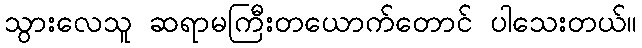
သွားလေသူ ဆရာမကြီးတယောက်တောင် ပါသေးတယ်။